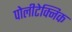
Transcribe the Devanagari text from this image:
पोलीटेक्निक